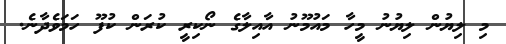
މި ލިޔުން ލިޔުނު މީހާ މައުމޫނު އާއިލާގެ ނޯކިރީ ކުރަން ކުފޫ ހަމަވެދާނެ.